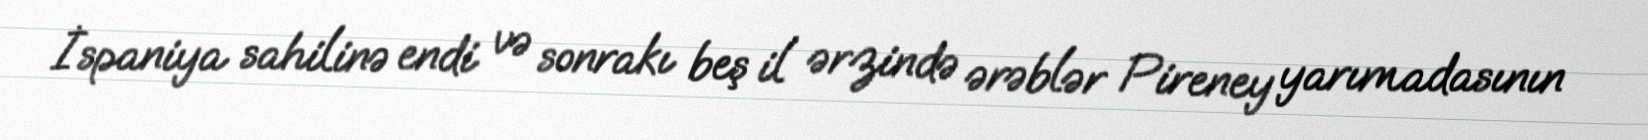
İspaniya sahilinə endi və sonrakı beş il ərzində ərəblər Pireney yarımadasının